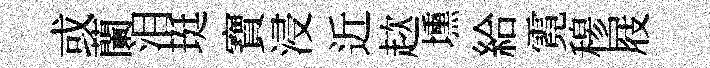
或蘭泪珽寶浸近趑壎給霓𥠇屐